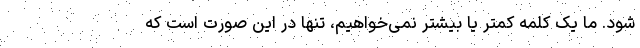
شود. ما یک کلمه کمتر یا بیشتر نمی‌خواهیم، تنها در این صورت است که